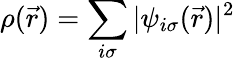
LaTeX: \rho(\vec{r})=\sum_{i\sigma}|\psi_{i\sigma}(\vec{r})|^{2}